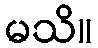
မသိ။